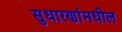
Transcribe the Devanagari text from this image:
सुधारणांमधील